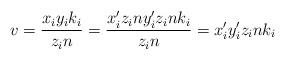
LaTeX: \begin{align*}v=\frac{x_iy_ik_i}{z_in}=\frac{x_i'z_iny_i'z_ink_i}{z_in}=x_i'y_i'z_ink_i\end{align*}